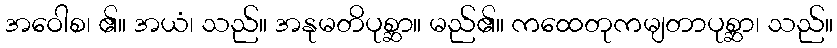
အဝေါစ၊ ၏။ အယံ၊ သည်။ အနုမတိပုစ္ဆာ။ မည်၏။ ကထေတုကမျတာပုစ္ဆာ၊ သည်။